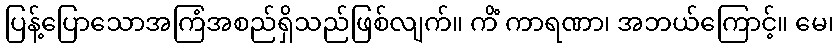
ပြန့်ပြောသောအကြံအစည်ရှိသည်ဖြစ်လျက်။ ကိံ ကာရဏာ၊ အဘယ်ကြောင့်။ မေ၊